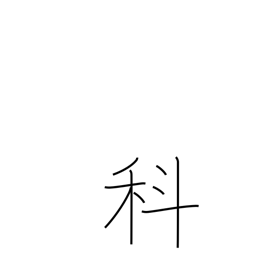
Meaning: section